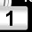
Digit: 1